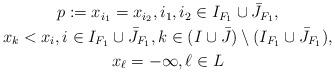
LaTeX: \begin{align*}\begin{gathered}p:=x_{i_1}=x_{i_2}, i_1,i_2\in I_{F_1}\cup \bar J_{F_1},\\x_k<x_i, i\in I_{F_1}\cup \bar J_{F_1}, k\in (I\cup \bar J)\setminus (I_{F_1}\cup \bar J_{F_1}),\\x_{\ell}=-\infty, \ell\in L\end{gathered}\end{align*}